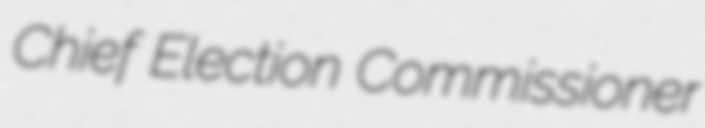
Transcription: Chief Election Commissioner